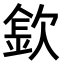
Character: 𣣽